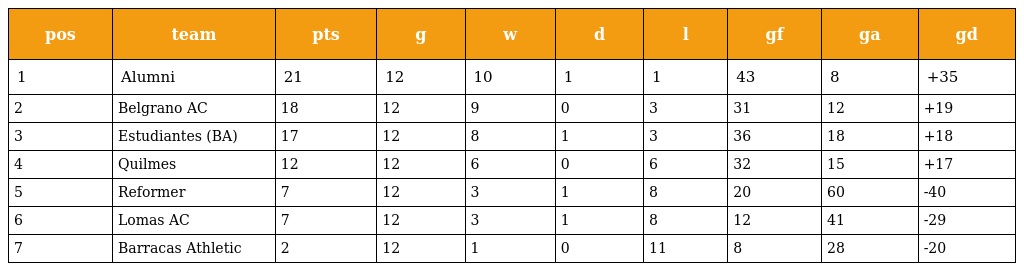
| pos | team | pts | g | w | d | l | gf | ga | gd |
 | --- | --- | --- | --- | --- | --- | --- | --- | --- | --- |
 | 1 | Alumni | 21 | 12 | 10 | 1 | 1 | 43 | 8 | +35 |
 | 2 | Belgrano AC | 18 | 12 | 9 | 0 | 3 | 31 | 12 | +19 |
 | 3 | Estudiantes (BA) | 17 | 12 | 8 | 1 | 3 | 36 | 18 | +18 |
 | 4 | Quilmes | 12 | 12 | 6 | 0 | 6 | 32 | 15 | +17 |
 | 5 | Reformer | 7 | 12 | 3 | 1 | 8 | 20 | 60 | -40 |
 | 6 | Lomas AC | 7 | 12 | 3 | 1 | 8 | 12 | 41 | -29 |
 | 7 | Barracas Athletic | 2 | 12 | 1 | 0 | 11 | 8 | 28 | -20 |